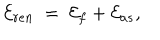
{ \cal E } _ { r e n } \ = \ { \cal E } _ { f } + { \cal E } _ { a s } ,